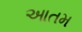
આતમ